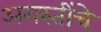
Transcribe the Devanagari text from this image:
अगस्तींचे